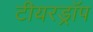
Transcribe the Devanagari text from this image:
टीयरड्रॉप